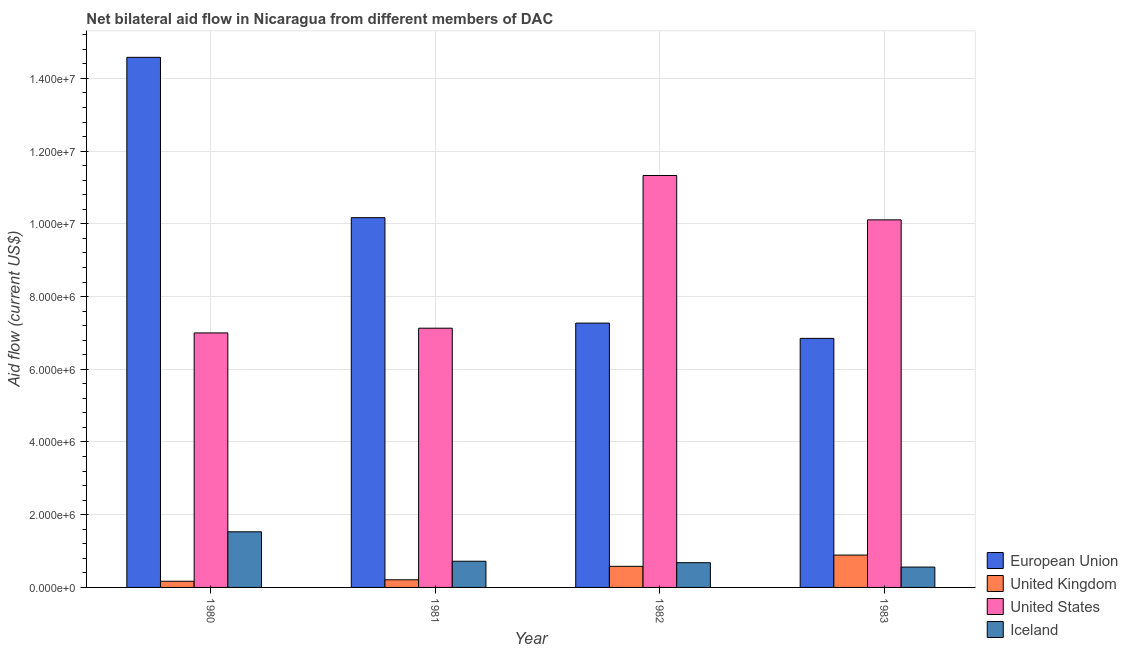
| Year | European Union | United Kingdom | United States | Iceland |
 | --- | --- | --- | --- | --- |
 | 1980 | 1.46e+07 | 1.7e+05 | 7e+06 | 1.53e+06 |
 | 1981 | 1.02e+07 | 2.1e+05 | 7.13e+06 | 7.2e+05 |
 | 1982 | 7.27e+06 | 5.8e+05 | 1.13e+07 | 6.8e+05 |
 | 1983 | 6.85e+06 | 8.9e+05 | 1.01e+07 | 5.6e+05 |